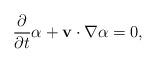
LaTeX: \begin{align*}\frac{\partial }{\partial t}\alpha +\mathbf{v}\cdot \nabla \alpha =0, \end{align*}